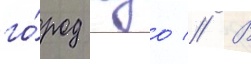
го́род куо // В